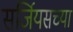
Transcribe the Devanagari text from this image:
सर्जियसच्या